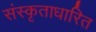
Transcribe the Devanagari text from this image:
संस्कृताधारित